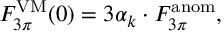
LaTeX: F _ { 3 \pi } ^ { \mathrm { V M } } ( 0 ) = 3 \alpha _ { k } \cdot F _ { 3 \pi } ^ { \mathrm { a n o m } } ,